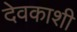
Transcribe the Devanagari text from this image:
देवकाशी